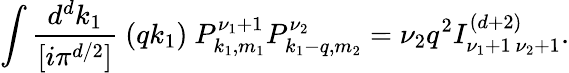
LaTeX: \int\frac{d^{d}k_{1}}{[i\pi^{d/2}]}~(qk_{1})~P_{k_{1},m_{1}}^{\nu_{1}+1}P_{k_{1}-q,m_{2}}^{\nu_{2}}=\nu_{2}q^{2}I_{\nu_{1}+1~\nu_{2}+1}^{(d+2)}.